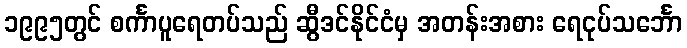
၁၉၉၅တွင် စင်္ကာပူရေတပ်သည် ဆွီဒင်နိုင်ငံမှ အတန်းအစား ရေငုပ်သင်္ဘော